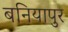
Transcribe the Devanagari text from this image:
बनियापुर